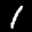
Label: 1